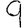
Digit: 9